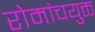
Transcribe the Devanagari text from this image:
रोमांचयुक्त